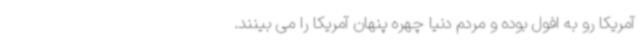
آمریکا رو به افول بوده و مردم دنیا چهره پنهان آمریکا را می بینند.